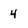
Character: 4